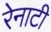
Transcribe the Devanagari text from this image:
रेनाटी